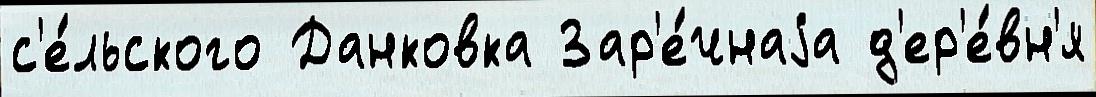
с'е́льского Данковка Зар'е́чнаjа д'ер'е́вн'я